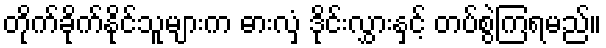
တိုက်ခိုက်နိုင်သူများက ဓားလှံ ဒိုင်းလွှားနှင့် တပ်စွဲကြရမည်။